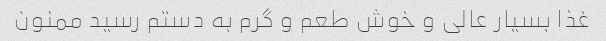
غذا بسیار عالی و خوش طعم و گرم به دستم رسید ممنون